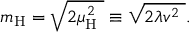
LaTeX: m _ { \mathrm { H } } = { \sqrt { 2 \mu _ { \mathrm { H } } ^ { 2 } \ } } \equiv { \sqrt { 2 \lambda v ^ { 2 } \ } } .